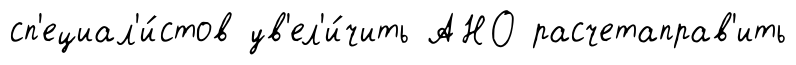
сп'ециал'и́стов ув'ел'и́чить АНО расчетаправ'ить